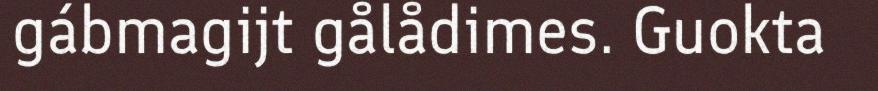
gábmagijt gålådimes. Guokta